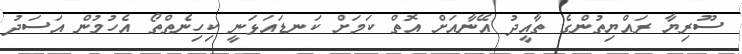
ސޫރިޔާ ރައްޔިތުންގެ ތާއީދު އޭނާއަށް އޮތް ކަމަށް ކަނޑައަޅަނީ ކިހިނެތްތޯ އެހުމުން އަސަދު